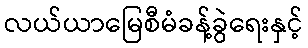
လယ်ယာမြေစီမံခန့်ခွဲရေးနှင့်